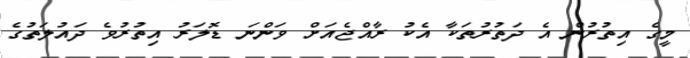
މީގެ އިތުރުން އެ ދަތުރުތަކާ އެކު ރާއްޖެއަށް ވަންނަ ޑޮލަރު އިތުރުވެ ދައުލަތުގެ